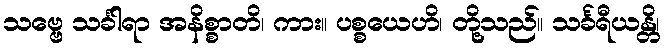
သဗ္ဗေ သင်္ခါရာ အနိစ္စာတိ၊ ကား။ ပစ္စယေဟိ၊ တို့သည်။ သင်္ခရီယန္တိ၊